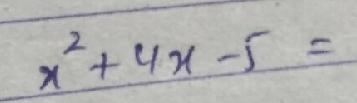
$x^{2}+4x-5 =$